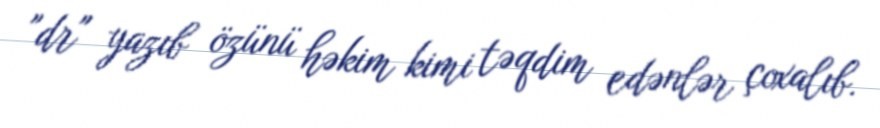
"dr" yazıb özünü həkim kimi təqdim edənlər çoxalıb.